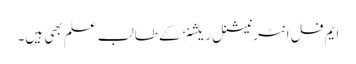
ایم فل انٹرنیشنل ریلشنز کے طالب علم بھی ہیں۔